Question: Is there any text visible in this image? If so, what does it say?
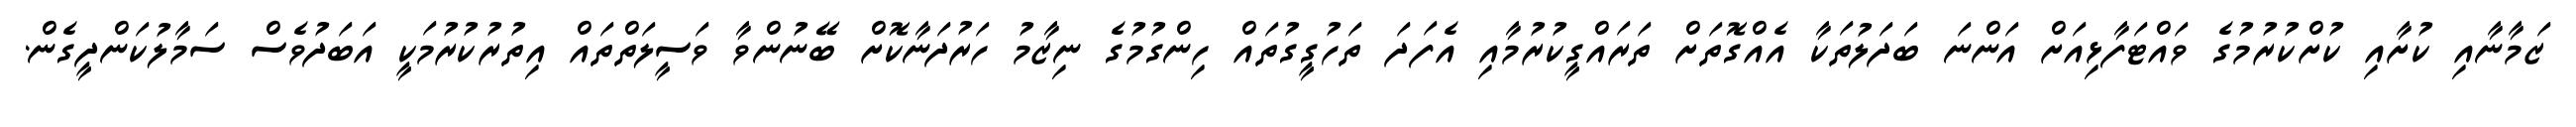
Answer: ޒަމާނާއި ކުށާއި ކުށްކުރުމުގެ ވައްޓަފާޅިއަށް އަންނަ ބަދަލުތަކާ އެއްގޮތަށް ތަރައްގީކުރުމާއި އެފަދަ ތަހުގީގުތައް ހިންގުމުގެ ނިޒާމު ހަރުދަނާކޮށް ބޭނުންވާ ވަސީލަތްތައް އިތުރުކުރުމަކީ އަބަދުވެސް ސަމާލުކަންދީގެން.